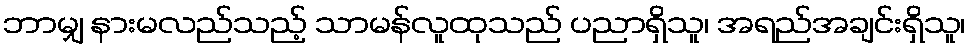
ဘာမျှ နားမလည်သည့် သာမန်လူထုသည် ပညာရှိသူ၊ အရည်အချင်းရှိသူ၊